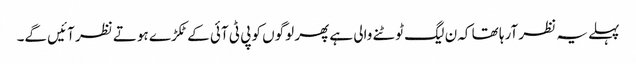
پہلے یہ نظر آرہا تھا کہ ن لیگ ٹوٹنے والی ہے پھر لوگوں کو پی ٹی آئی کے ٹکڑے ہوتے نظر آئیں گے۔